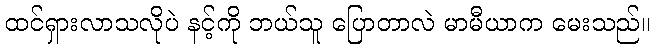
ထင်ရှားလာသလိုပဲ နင့်ကို ဘယ်သူ ပြောတာလဲ မာမီယာက မေးသည်။